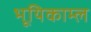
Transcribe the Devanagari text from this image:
भूयिकाम्ल